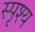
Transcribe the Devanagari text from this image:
स्पृश्‍य